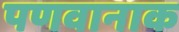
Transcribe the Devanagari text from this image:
पणवानाक